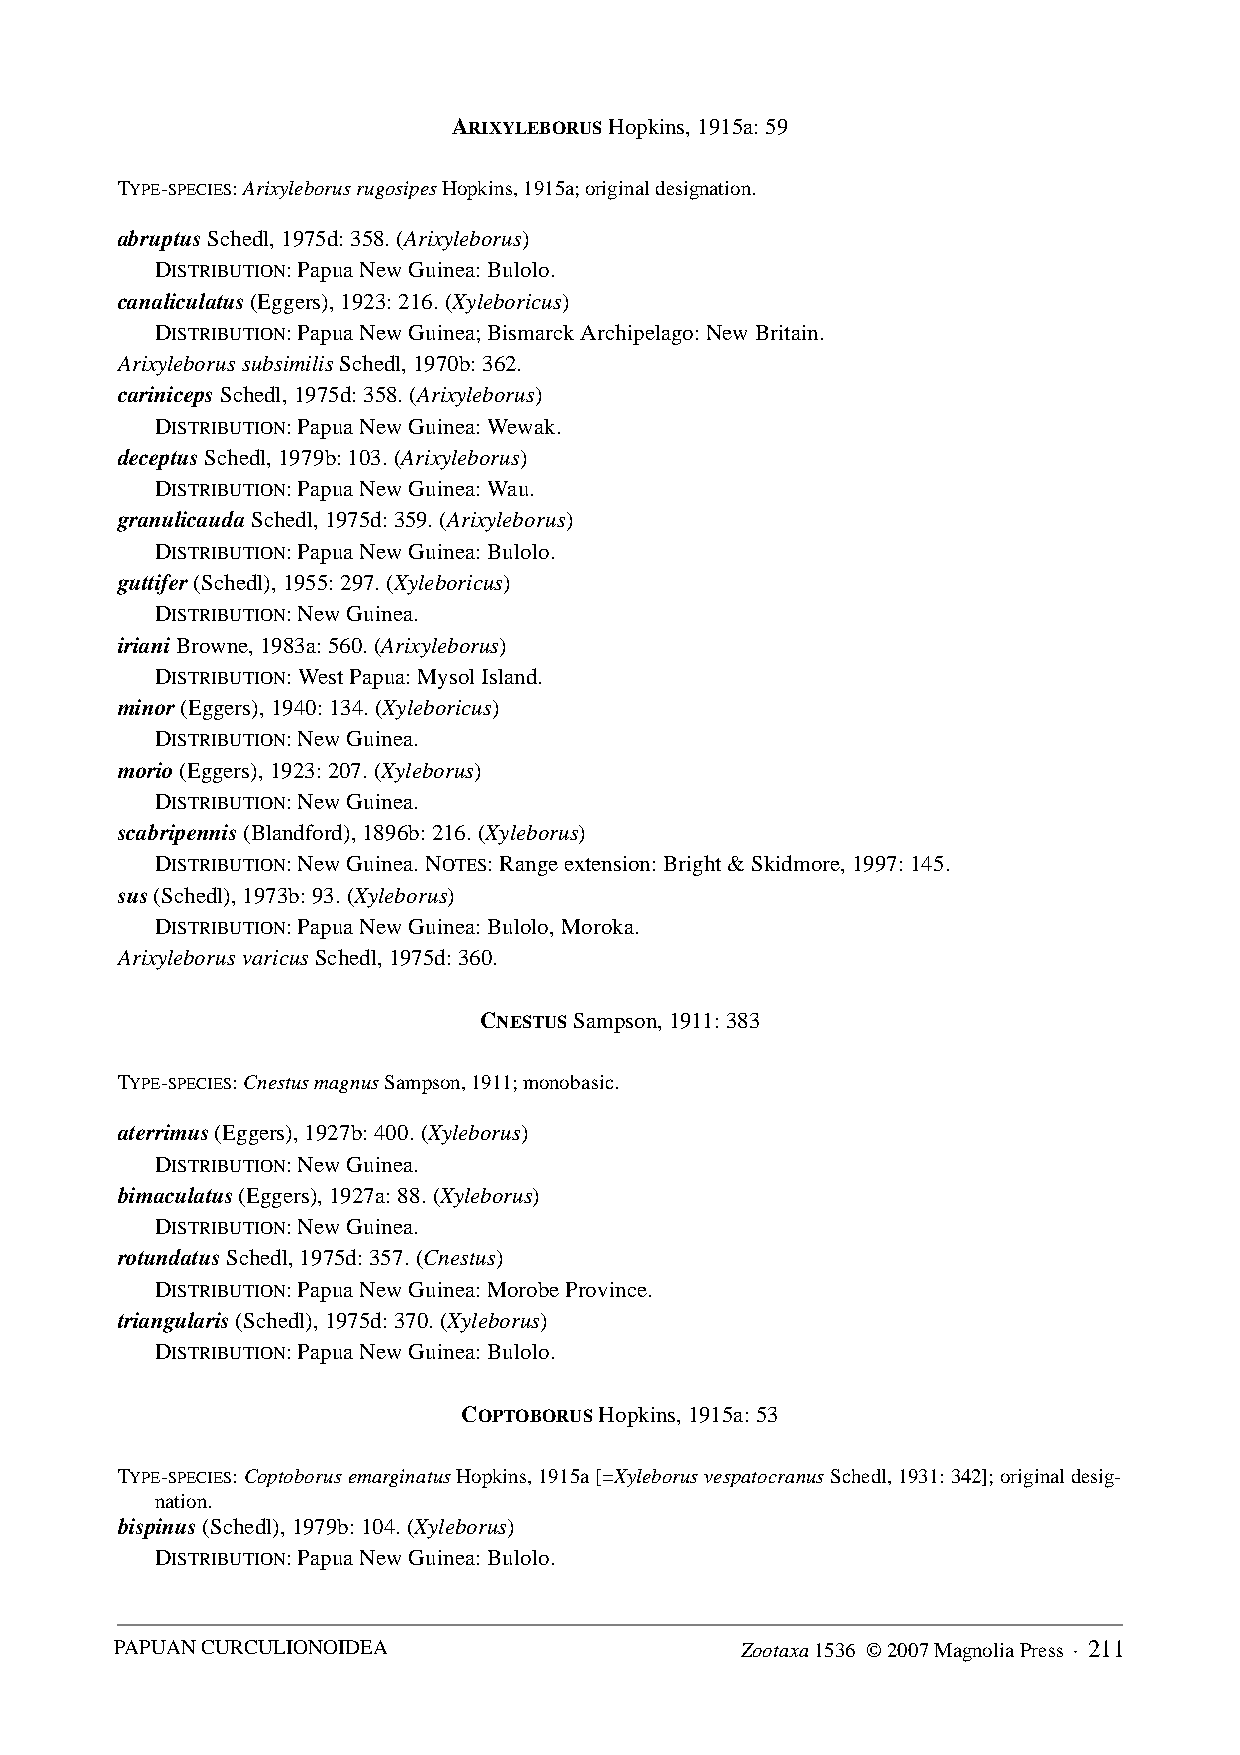
ARIXYLEBORUS Hopkins, 1915a: 59
 TYPE-SPECIES: Arixyleborus rugosipes Hopkins, 1915a; original designation.
 abruptus Schedl, 1975d: 358. (Arixyleborus)
 DISTRIBUTION: Papua New Guinea: Bulolo.
 canaliculatus (Eggers), 1923: 216. (Xyleboricus)
 DISTRIBUTION: Papua New Guinea; Bismarck Archipelago: New Britain.
 Arixyleborus subsimilis Schedl, 1970b: 362.
 cariniceps Schedl, 1975d: 358. (Arixyleborus)
 DISTRIBUTION: Papua New Guinea: Wewak.
 deceptus Schedl, 1979b: 103. (Arixyleborus)
 DISTRIBUTION: Papua New Guinea: Wau.
 granulicauda Schedl, 1975d: 359. (Arixyleborus)
 DISTRIBUTION: Papua New Guinea: Bulolo.
 guttifer (Schedl), 1955: 297. (Xyleboricus)
 DISTRIBUTION: New Guinea.
 iriani Browne, 1983a: 560. (Arixyleborus)
 DISTRIBUTION: West Papua: Mysol Island.
 minor (Eggers), 1940: 134. (Xyleboricus)
 DISTRIBUTION: New Guinea.
 morio (Eggers), 1923: 207. (Xyleborus)
 DISTRIBUTION: New Guinea.
 scabripennis (Blandford), 1896b: 216. (Xyleborus)
 DISTRIBUTION: New Guinea. NOTES: Range extension: Bright & Skidmore, 1997: 145.
 sus (Schedl), 1973b: 93. (Xyleborus)
 DISTRIBUTION: Papua New Guinea: Bulolo, Moroka.
 Arixyleborus varicus Schedl, 1975d: 360.
 CNESTUS Sampson, 1911: 383
 TYPE-SPECIES: Cnestus magnus Sampson, 1911; monobasic.
 aterrimus (Eggers), 1927b: 400. (Xyleborus)
 DISTRIBUTION: New Guinea.
 bimaculatus (Eggers), 1927a: 88. (Xyleborus)
 DISTRIBUTION: New Guinea.
 rotundatus Schedl, 1975d: 357. (Cnestus)
 DISTRIBUTION: Papua New Guinea: Morobe Province.
 triangularis (Schedl), 1975d: 370. (Xyleborus)
 DISTRIBUTION: Papua New Guinea: Bulolo.
 COPTOBORUS Hopkins, 1915a: 53
 TYPE-SPECIES: Coptoborus emarginatus Hopkins, 1915a [=Xyleborus vespatocranus Schedl, 1931: 342]; original desig-
 nation.
 bispinus (Schedl), 1979b: 104. (Xyleborus)
 DISTRIBUTION: Papua New Guinea: Bulolo.
 PAPUAN CURCULIONOIDEA                    Zootaxa 1536 © 2007 Magnolia Press · 211